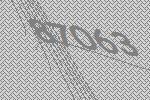
87063